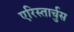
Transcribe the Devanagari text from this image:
एरिस्तार्चुस